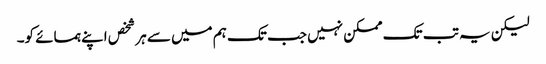
لیکن یہ تب تک ممکن نہیں جب تک ہم میں سے ہر شخص اپنے ہمسائے کو۔